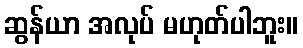
ဆွန်ယာ အလုပ် မဟုတ်ပါဘူး။